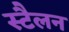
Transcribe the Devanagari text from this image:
स्टैलन